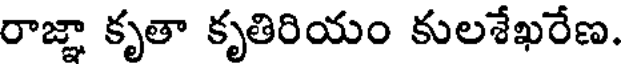
రాజ్ఞా కృతా కృతిరియం కులశేఖరేణ.